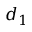
d _ { 1 }